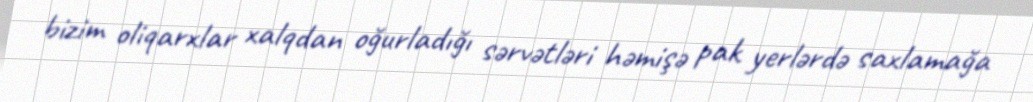
bizim oliqarxlar xalqdan oğurladığı sərvətləri həmişə pak yerlərdə saxlamağa